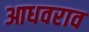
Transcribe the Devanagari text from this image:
आधवराव